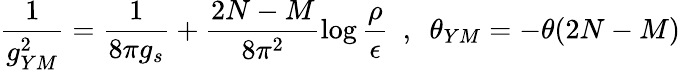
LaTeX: \frac{1}{g_{YM}^{2}}=\frac{1}{8\pi g_{s}}+\frac{2N-M}{8\pi^{2}}\log\frac{\rho}{\epsilon}~~,~~\theta_{YM}=-\theta(2N-M)